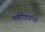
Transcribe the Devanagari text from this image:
भर्तरीनाथांच्या